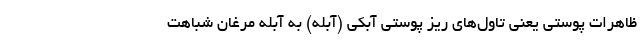
ظاهرات پوستی یعنی تاول‌های ریز پوستی آبکی (آبله) به آبله مرغان شباهت